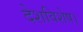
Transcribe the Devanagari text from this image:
देशविशेष।